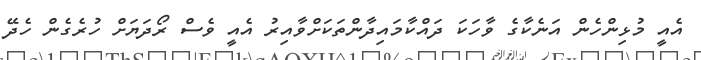
އެއީ މުޅިންހެން އަނެކާގެ ވާހަކަ ދައްކާމައިދާންތަކަށްވާއިރު އެއީ ވެސް ރޯދަޔަށް ހުރެގެން ހެދޭ